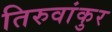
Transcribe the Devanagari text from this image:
तिरुवांकुर